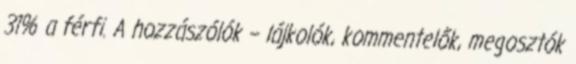
31% a férfi. A hozzászólók – lájkolók, kommentelők, megosztók